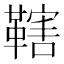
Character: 𱁼